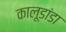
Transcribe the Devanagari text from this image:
कालूडांडा